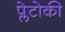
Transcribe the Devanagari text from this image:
प्लेटोकी